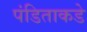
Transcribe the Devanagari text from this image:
पंडिताकडे